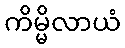
ကိမ္မိလာယံ